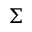
\Sigma